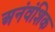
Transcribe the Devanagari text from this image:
अनंवंशिक